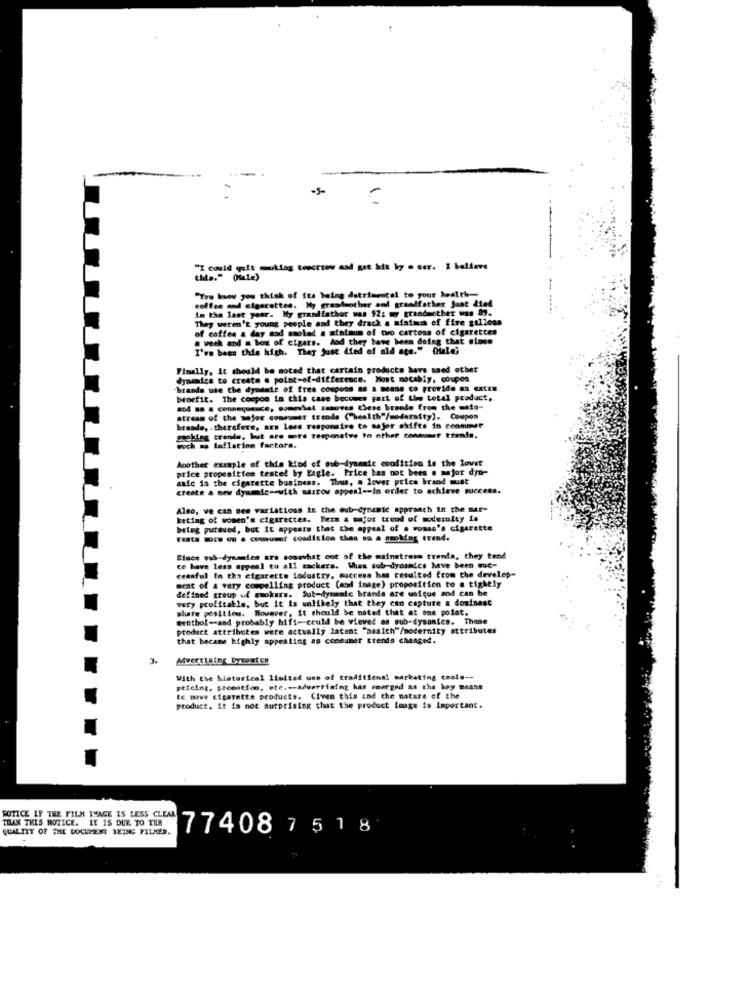
-5-
"I could gift muuklag tomorrow and get htt by . eer. I believe
this." (Hate)
coffee and cigarettes. My grandmother and grandfather Just died
"Tow know you think of its being detrimental to your health=
in the last year. My grandfather was 12: my grandmother was 87.
They weren't young people and they drack a miaimis of fire gallons
of coffee & day mod saoled a minimum of two cartons of cigarettes
@ week and a box of cigars. And they have been doing that since
Im doing that elace
I've been this high. They just (ted of old age." (Hate;
Finally, it should be noted that cartain products have used other
dynamies to create @ point-of-difference. Most notably, coupea
brands use the dynamie of free coupons as a means co provide an extra
benefit. The coupon in this case becomes part of the total product,
84 ss . consequence, comowhat sasoves these brande from the meia-
stream of the major consumer trende ("health"/modarafty). Coupon
brande, . therefore, ars Less responsive to major shifts in coommer
geeking trende, but are more responsive to other conimmer trends.
woch . laflation factora.
Another cumple of this kind of sub-dynamic condition is the lower
price proposition tested by Eagle. Price bas not bees . sejor dyo-
anfe in the cigarette business. Thus, a lover price brand must
create a new dyaante -- with marrow appeal -- In order to achieve success.
Also, we can see variations in the sub-dynamic approach in the mar-
keting of women's cigarettes. Herm a major trend of modernity is
beleg pursued, but It appears that the
theE Che appeal of a woman's cigarette
FEte BES Ou & cuisumer coadisico thes on a szokfer trend.
Since ous-dynamdes are sonovhat out of the mainstream trenda, they tend
to have less appeal to all sackers. Wies sub-dynamics have been muc-
cenaful In tha cigaretts industry, success has resulted from che develep-
defined group ud gmokurs. Sul-dynamic brands are unique and can be
at of a very compelling product (and image) proposition to a tightly
very profitable, but it is unlikely that they can capture a dosinest
share position. However, it should be noted that at one polet.
menthol -- and probably hift-could be viewed as sub-dysanics. Thene
product attributes were actually latent "nesich"/modernity attributes
that became highly appealing as consumer trends changed.
Mvertising Byeestes
With the historical limited use of traditional marketing coole --
ptiein, promotion, etc .-- advertising has emerged as the key means
te move cigarette products. Civen this and the nature of the
product. it is not surprising that the product image is important.
SOTICE IF THE FILM IMAGE IS LESS CLEAR
THAN THIS NOTICE. IT IS DUE TO THE
QUALITY OF THE DOCUMENT BEING FILMER.
77408 7518